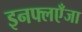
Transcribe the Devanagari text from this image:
इनफ्लएँजा